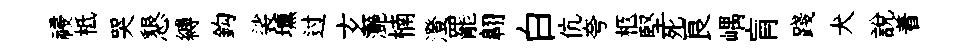
祲柢哭懇縛鈎裟壎过𤣥灔楠澄罷翺白伉夸柩堅死良嵎肓踐犬說着